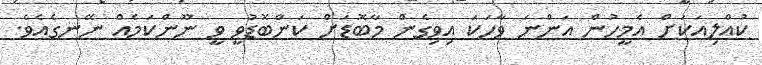
ކުއްލިއަކަށް އެމީހުން އަންނަ ވާހަކަ އިވިގެން މާބޮޑަށް ކަންބޮޑުވީ ވީ ނޫންކަމެއް ނޭނގެއެވެ.